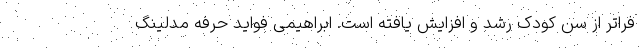
فراتر از سن کودک رشد و افزایش یافته است. ابراهیمی فواید حرفه مدلینگ